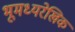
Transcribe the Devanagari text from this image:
भूमध्यरेखिक